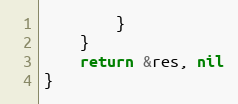
Language: Go
		}
	}
	return &res, nil
}